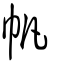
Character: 帆